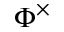
\Phi ^ { \times }